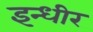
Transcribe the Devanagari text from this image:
इन्धीर